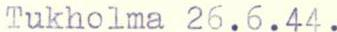
Tukholma 26.6.44.